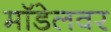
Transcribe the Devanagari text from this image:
मॉडेलवर